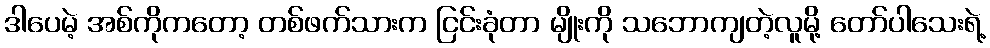
ဒါပေမဲ့ အစ်ကိုကတော့ တစ်ဖက်သားက ငြင်းခုံတာ မျိုးကို သဘောကျတဲ့လူမို့ တော်ပါသေးရဲ့